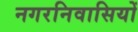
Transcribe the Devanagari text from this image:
नगरनिवासियों